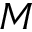
M